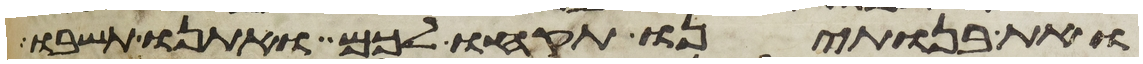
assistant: ואת בנתינו תקחו לכם ואתנו תשבו